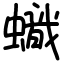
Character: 蟙